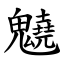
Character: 䰫